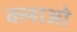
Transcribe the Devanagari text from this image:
क्लाओ